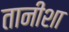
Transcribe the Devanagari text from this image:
तानीशा